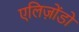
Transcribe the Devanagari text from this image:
एलिज़ोंडो